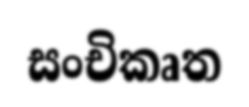
සංචිකෘත